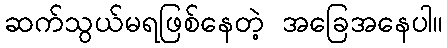
ဆက်သွယ်မရဖြစ်နေတဲ့ အခြေအနေပါ။